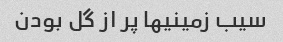
سیب زمینیها پر از گل بودن